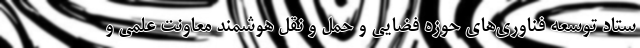
ستاد توسعه فناوری‌های حوزه فضایی و حمل و نقل هوشمند معاونت علمی و